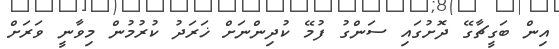
އިން ބަގީޗާގޭ ދޮށުގައި ސަންގު ފުމޭ ކުދިންނަށް ޚަރަދު ކުރުމުން މިވާނީ ވަރަށް